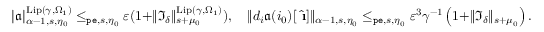
\begin{array} { r } { | \mathfrak { a } | _ { \alpha - 1 , s , \eta _ { 0 } } ^ { \mathrm { L i p } ( \gamma , \Omega _ { 1 } ) } \le _ { \mathtt { p e } , s , \eta _ { 0 } } \varepsilon ( 1 + \rVert \mathfrak { I } _ { \delta } \rVert _ { s + \mu _ { 0 } } ^ { \mathrm { L i p } ( \gamma , \Omega _ { 1 } ) } ) , \quad \rVert d _ { i } \mathfrak { a } ( i _ { 0 } ) [ \hat { \textbf { \i } } ] \rVert _ { \alpha - 1 , s , \eta _ { 0 } } \le _ { \mathtt { p e } , s , \eta _ { 0 } } \varepsilon ^ { 3 } \gamma ^ { - 1 } \left( 1 + \rVert \mathfrak { I } _ { \delta } \rVert _ { s + \mu _ { 0 } } \right) . } \end{array}